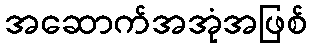
အဆောက်အအုံအဖြစ်